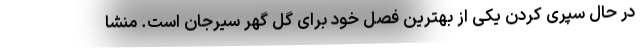
در حال سپری کردن یکی از بهترین فصل خود برای گل گهر سیرجان است. منشا